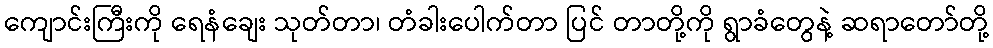
ကျောင်းကြီးကို ရေနံချေး သုတ်တာ၊ တံခါးပေါက်တာ ပြင် တာတို့ကို ရွာခံတွေနဲ့ ဆရာတော်တို့